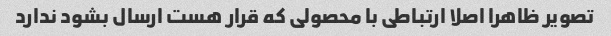
تصویر ظاهرا اصلا ارتباطی با محصولی که قرار هست ارسال بشود ندارد